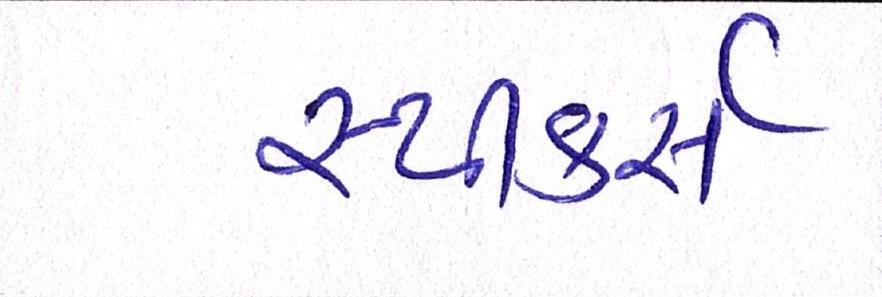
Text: સ્પીકર્સ